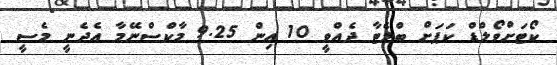
ކޯޓަށްވޯލްޑް ކަޕަށް ބްލެޓާ ދެއްވީ 10 އިން 9.25 މާކްސްނޭމާ އެދެނީ މެސީ